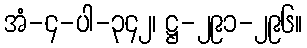
အံ-၄-ပါ-၃၄၂၊ ဋ္ဌ-၂၉၁-၂၉၆။